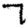
Digit: 7